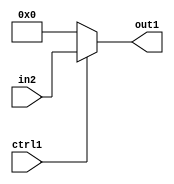
`timescale 1ps / 1ps
/*****************************************************************************
    Verilog RTL Description
    
    
    Created by: Stratus DpOpt 2019.1.01 
*******************************************************************************/

module fix2float_N_Mux_23_2_49_4_2 (
	in2,
	ctrl1,
	out1
	); /* architecture "behavioural" */ 
input [22:0] in2;
input  ctrl1;
output [22:0] out1;
wire [22:0] asc001;

reg [22:0] asc001_tmp_0;
assign asc001 = asc001_tmp_0;
always @ (ctrl1 or in2) begin
	case (ctrl1)
		1'B1 : asc001_tmp_0 = in2 ;
		default : asc001_tmp_0 = 23'B00000000000000000000000 ;
	endcase
end

assign out1 = asc001;
endmodule

/* CADENCE  uLj0TAo= : u9/ySgnWtBlWxVPRXgAZ4Og= ** DO NOT EDIT THIS LINE ******/